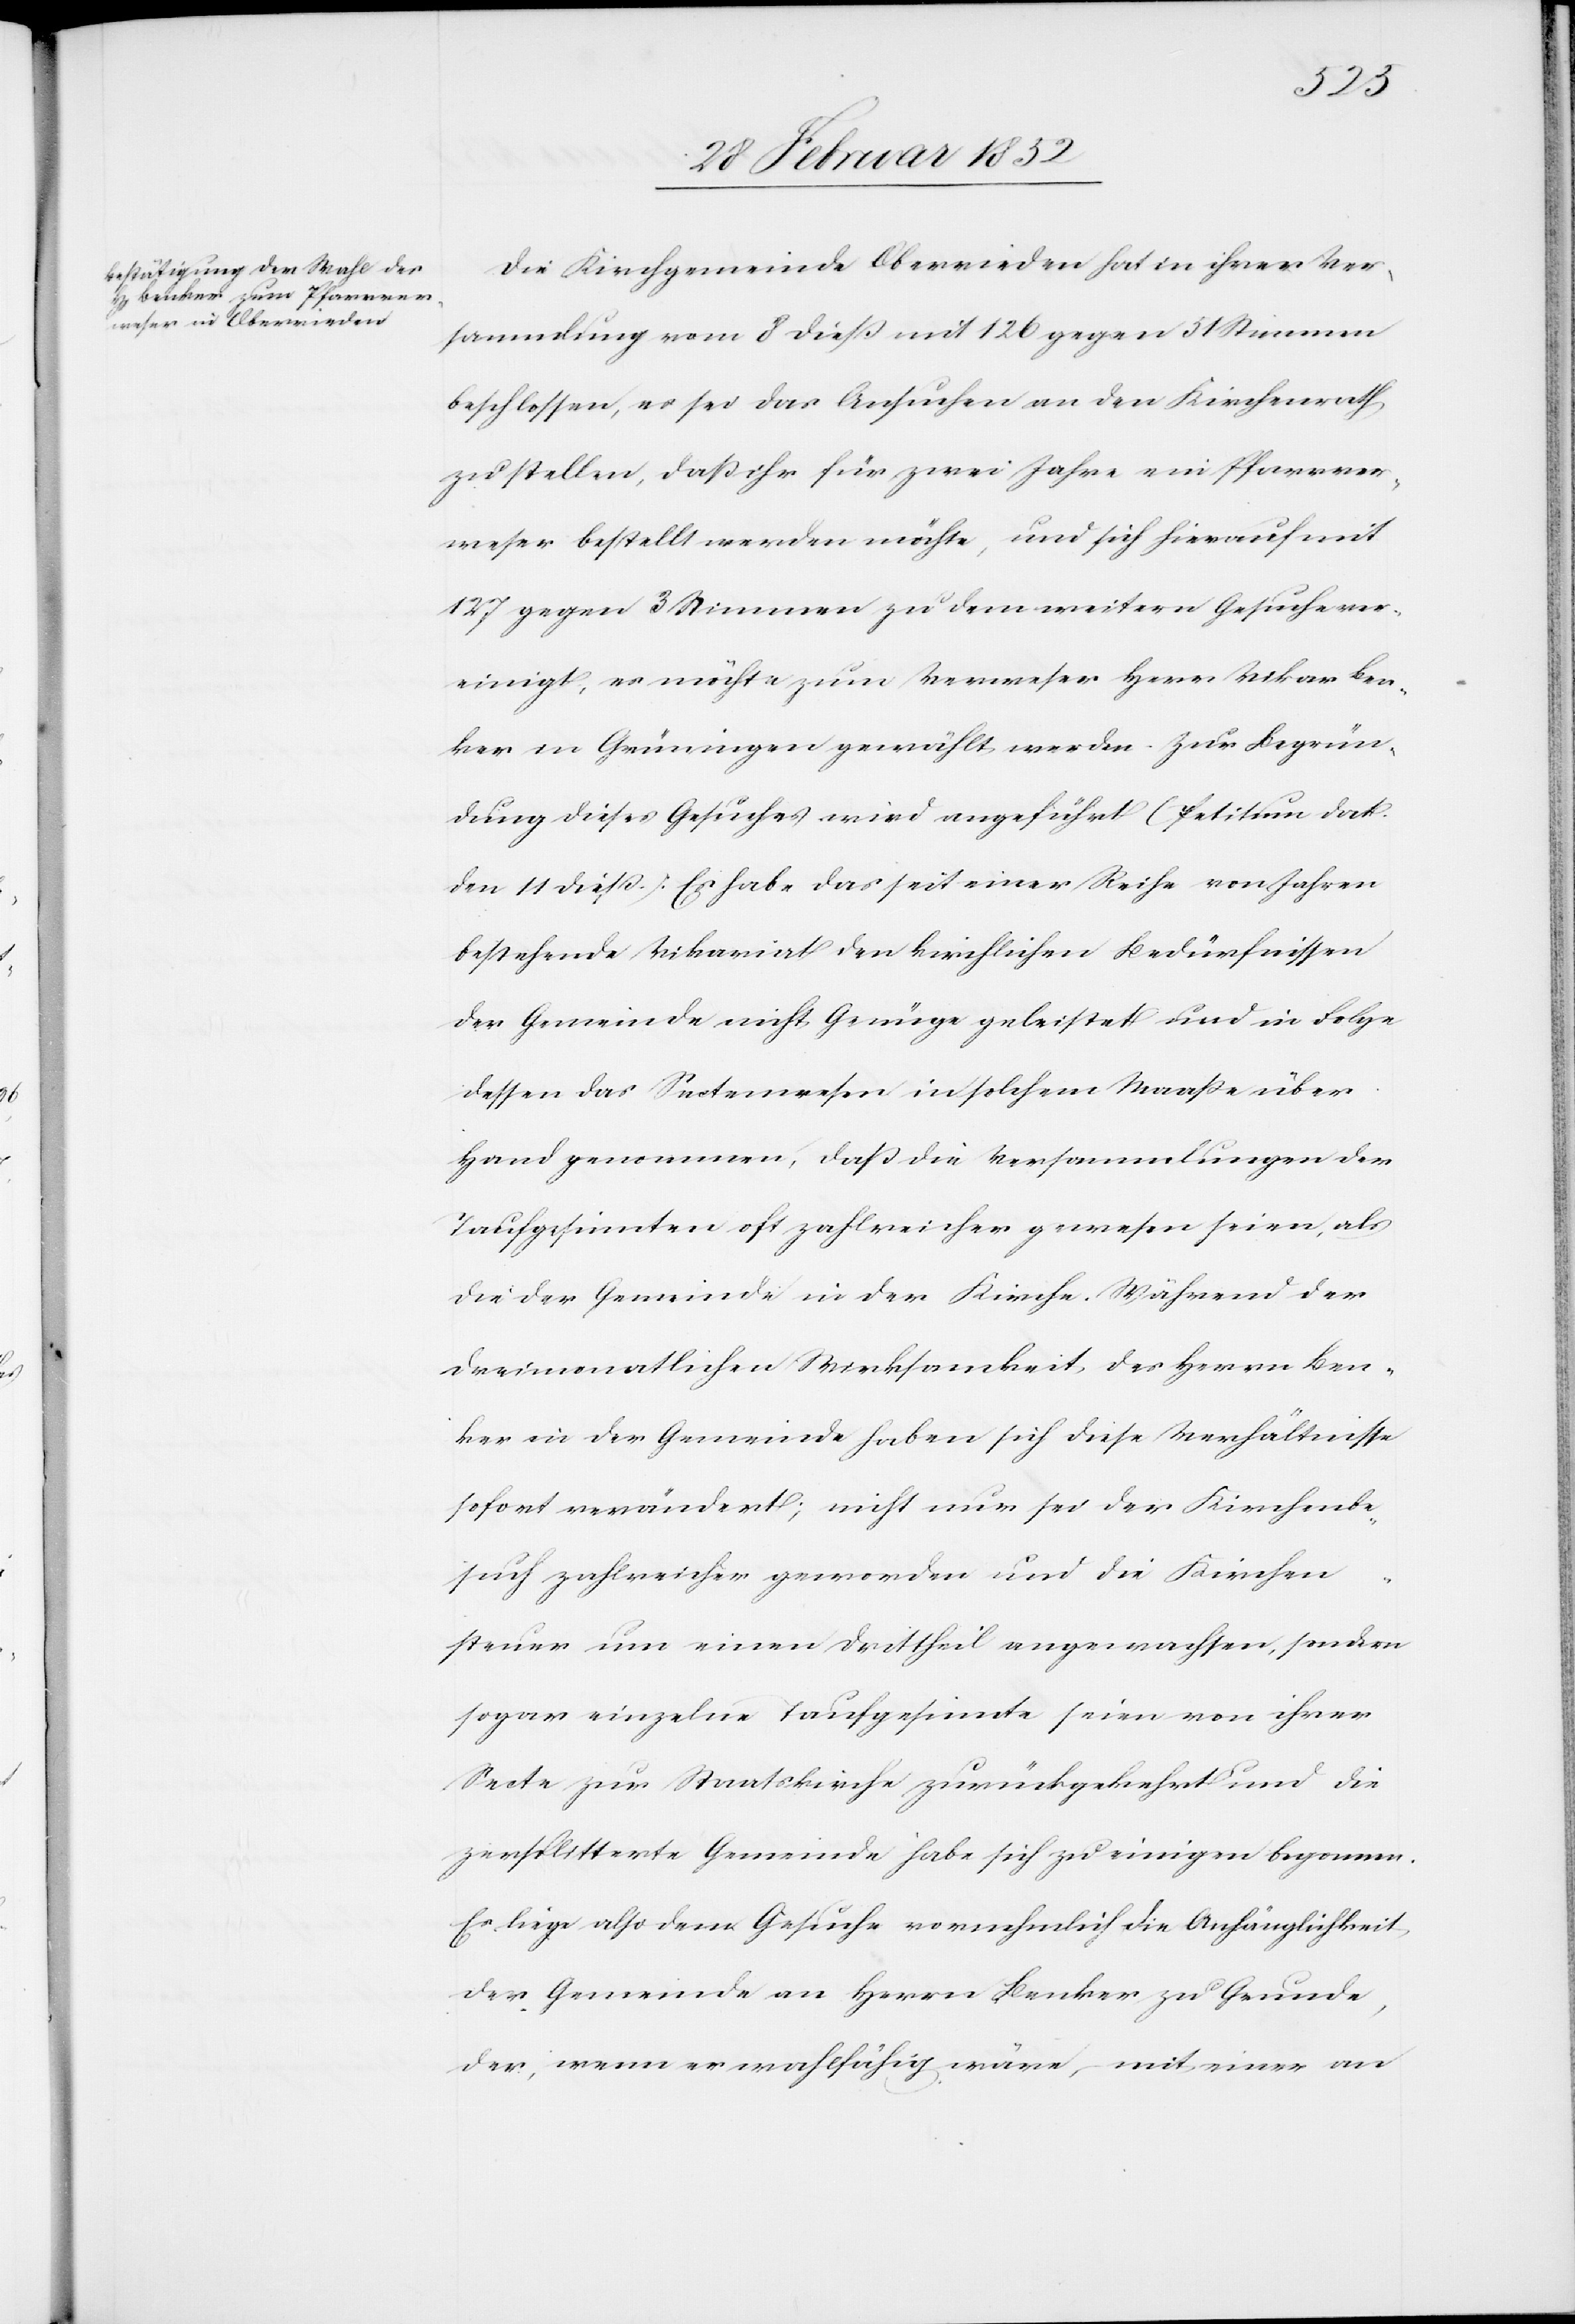
Die Kirchgemeinde Oberrieden hat in ihrer Ver¬
sammlung vom 8 dieß mit 126 gegen 51 Stimmen
beschlossen, es sei das Ansuchen an den Kirchenrath
zu stellen, daß ihr für zwei Jahre ein Pfarrver¬
weser bestellt werden möchte, und sich hierauf mit
127 gegen 3 Stimmen zu dem weitern Gesuche ver¬
einigt, es möchte zum Verweser Herrn Vikar Ben¬
ker in Grüningen gewählt werden. Zur Begrün¬
dung dieses Gesuches wird angeführt (Petitum dat.
den 11 dieß): Es habe das seit einer Reihe von Jahren
bestehende Vikariat den kirchlichen Bedürfnissen
der Gemeinde nicht Genüge geleistet und in Folge
dessen das Sectenwesen in solchen Maaße über
Hand genommen, daß die Versammlungen der
Taufgesinnten oft zahlreicher gewesen seien, als
die in der Gemeinde in der Kirche. Während der
dreimonatlichen Wirksamkeit des Herrn Ben¬
ker in der Gemeinde haben sich diese Verhältnisse
sofort verändert; nicht nur sei der Kirchenbe¬
such zahlreicher geworden und die Kirchen¬
steuer um einen Drittheil angewachsen, sondern
sogar einzelne Taufgesinnte seien von ihrer
Secte zur Staatskirche zurückgekehrt und die
zersplitterte Gemeinde habe sich zu einigen begonnen.
Es liege also dem Gesuche vornehmlich die Anhänglichkeit
der Gemeinde an Herrn Benker zu Grunde,
der, wenn er wahlfähig wäre, mit einer an